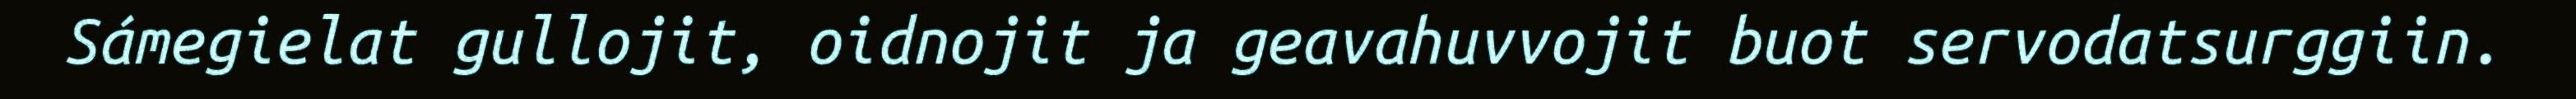
Sámegielat gullojit, oidnojit ja geavahuvvojit buot servodatsurggiin.